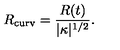
{ R _ { \mathrm { c u r v } } = { \frac { R ( t ) } { | \kappa | ^ { 1 / 2 } } } } .